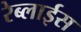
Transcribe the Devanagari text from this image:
रेब्लाईस